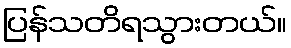
ပြန်သတိရသွားတယ်။